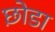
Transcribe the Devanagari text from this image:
छ़ोडा